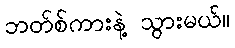
ဘတ်စ်ကားနဲ့ သွားမယ်။